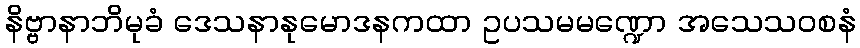
နိဗ္ဗာနာဘိမုခံ ဒေသနာနုမောဒနကထာ ဥပသမမဏ္ဍော အသေသဝစနံ